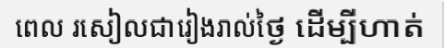
ពេល រសៀលជារៀងរាល់ថ្ងៃ ដើម្បីហាត់